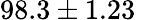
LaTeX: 98.3\pm 1.23\